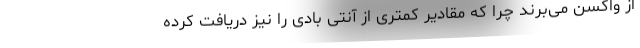
از واکسن می‌برند چرا که مقادیر کمتری از آنتی بادی را نیز دریافت کرده